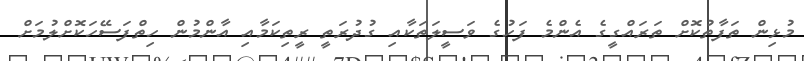
މުޅިން ތަފާތުކޮށް ތަރައްގީގެ އެންމެ ފަހުގެ ވަސީލަތަކާއި ގުދުރަތީ ރީތިކަމާއި އާންމުން ހިތްފަސޭހަކޮށްލުމަށް